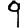
Digit: 9